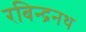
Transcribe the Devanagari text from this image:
रबिन्द्रनथ